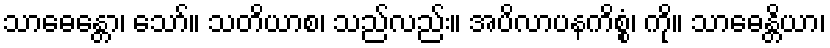
သာဓေန္တော၊ သော်။ သတိယာစ၊ သည်လည်း။ အပိလာပနကိစ္စံ၊ ကို။ သာဓေန္တိယာ၊